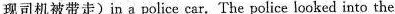
现司机被带走) in a police car. The police looked into the